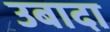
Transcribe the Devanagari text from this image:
उबादा